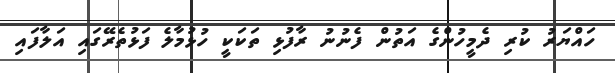
ހައްޔަރު ކުރި ދެމީހުންގެ އަތުން ފެނުނު ރާފުޅި ތަކަކީ ހުޅުމާލެ ފަޅުތެރޭގައި އަލާފައި